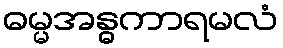
ဓမ္မအန္ဓကာရမလံ